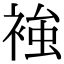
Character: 𧚴